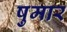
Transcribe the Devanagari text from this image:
षुमार